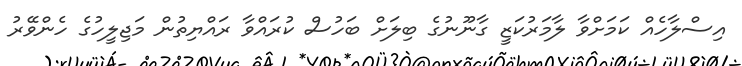
އިސްލާހެއް ކަމަށްވާ ލާމަރުކަޒީ ގާނޫނުގެ ބިލަށް ބަހުސް ކުރައްވާ ރައްޔިތުން މަޖިލީހުގެ ހެންވޭރު